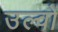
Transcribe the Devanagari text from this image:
उल्वों